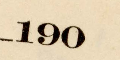
190